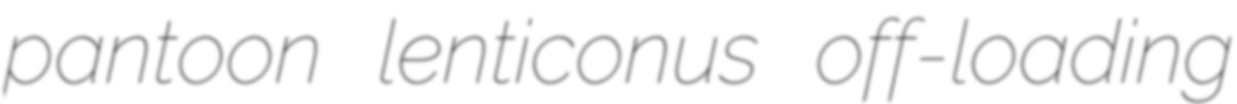
pantoon lenticonus off-loading